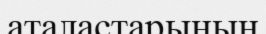
аталастарының